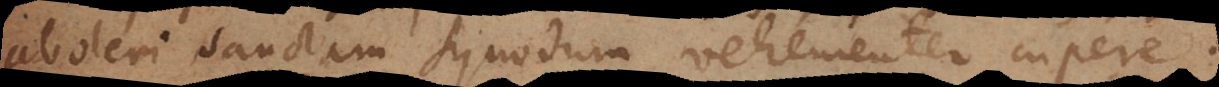
aboleri Sanctam Synodum vehementer cupere.